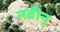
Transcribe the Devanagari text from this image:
नवीन्